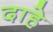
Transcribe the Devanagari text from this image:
दाहे